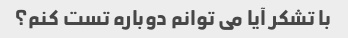
با تشکر آیا می توانم دوباره تست کنم؟